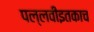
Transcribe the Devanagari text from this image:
पल्लवीइतकाच